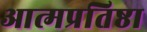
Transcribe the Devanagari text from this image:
आत्मप्रतिष्ठा